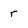
Character: r